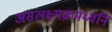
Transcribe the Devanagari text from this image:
असंलक्ष्यक्रमध्वनि